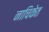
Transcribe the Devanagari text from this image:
नाचिकेत